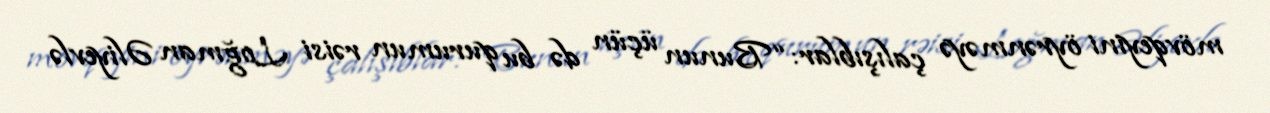
mövqeyini öyrənməyə çalışıblar: “Bunun üçün də bu qurumun rəisi Loğman Əliyevlə